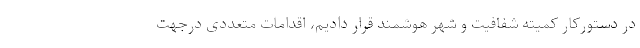
در دستورکار کمیته شفافیت و شهر هوشمند قرار دادیم، اقدامات متعددی درجهت